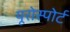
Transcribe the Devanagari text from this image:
यूरोस्पोर्ट